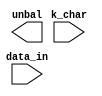
////////////////////////////////////////////////////////////////////////////////
//
//       This confidential and proprietary software may be used only
//     as authorized by a licensing agreement from Synopsys Inc.
//     In the event of publication, the following notice is applicable:
//
//                    (C) COPYRIGHT 1999 - 2023 SYNOPSYS INC.
//                           ALL RIGHTS RESERVED
//
//       The entire notice above must be reproduced on all authorized
//     copies.
//
//
// VERSION:   Verilog simulation model
//
// DesignWare_version: 5b071d96
// DesignWare_release: U-2022.12-DWBB_202212.5
//
////////////////////////////////////////////////////////////////////////////////
//----------------------------------------------------------------------
// ABSTRACT: 8b10b unbalanced character predictor
//
//	Parameters:
//		k28_5_only:Special character subset control
//			parameter (0 for all special characters
//			encoded, 1 for only K28.5 decoded[when
//			k_char=HIGH K28.5 is encoded regardless
//			of the value of the input data])
//	Inputs:
//		k_char:Special character control
//		data_in: Input data to be encoded that balance
//			predition is based on
//	Outputs:
//		unbal :Output indicating whether the input
//			data byte will flip the running disparity
//			bit of the encoder (unbalance = HIGH) or
//			keep it in the same state (unbalanced = LOW)
//----------------------------------------------------------------------
//	MODIFIED:
//----------------------------------------------------------------------


module DW_8b10b_unbal(k_char, data_in, unbal);
	parameter	integer k28_5_only = 0 ;

	input		k_char;
	input[7:0]	data_in;

	output		unbal;

// synopsys translate_off
	wire		k_char;
	wire[7:0]	data_in;
	wire		unbal;


function 		any_unknown_9;
	input	[8:0]	A;
	integer		bit_idx;

begin

	any_unknown_9 = 1'b0;

	for (bit_idx=8; bit_idx>=0; bit_idx=bit_idx-1)
	begin
	  if(A[bit_idx] !== 1'b0 && A[bit_idx] !== 1'b1)
	  begin
	    any_unknown_9 = 1'b1;
	  end
	end

end
endfunction


function		DWF_8b10b_unbal;
	input[7:0]	data_in;
	input		k_char;

begin: block_DWF_8b10b_unbal

	reg		index_tbl;
	reg		unbal_tbl;

	if ((any_unknown_9({data_in, k_char})== 1))
	begin 
	  DWF_8b10b_unbal  = 1'bx ;
	end

	else if (k_char ==1'b0)
	begin 
	  index_tbl = {
      1'b0,
      1'b1,
      1'b1,
      1'b1,
      1'b0,
      1'b1,
      1'b1,
      1'b0
		}
		>> (7-data_in[7:5]);

	  unbal_tbl = {
      32'b00010111011111100111111001101000,
      32'b11101000100000011000000110010111
		}
		>> ((1-index_tbl)*32 +(31-data_in[4:0]));

	  DWF_8b10b_unbal  = unbal_tbl;
	end

	else if (k_char === 1'b1)
	begin 
	  if (k28_5_only == 0)
	  begin 
	    case (data_in)
	      8'b00011100,
	      8'b10011100,
	      8'b11111100,
	      8'b11110111,
	      8'b11111011,
	      8'b11111101,
	      8'b11111110:
	        begin
	          DWF_8b10b_unbal  = 1'b0 ;
	        end
	      8'b00111100,
	      8'b01011100,
	      8'b01111100,
	      8'b10111100,
	      8'b11011100:
	        begin
	          DWF_8b10b_unbal  = 1'b1 ;
	        end
	      default:
	        begin
	          DWF_8b10b_unbal  = 1'bx ;
`ifndef DW_SUPPRESS_WARN
          $display ("WARNING: %m:\n at time = %0t: Invalid data on data_in of DW_8b10b_unbal when k28_5_only=0 and k_char=1.", $time);
`endif
	        end
	    endcase
	  end

	  else
	  begin
	    DWF_8b10b_unbal = 1'b1 ;
	  end 
	end 

	disable block_DWF_8b10b_unbal;
end
endfunction

assign  unbal  = DWF_8b10b_unbal(data_in, k_char);

initial
begin 
	if(k28_5_only < 0 || k28_5_only > 1)
	begin
	  $display("Error: k28_5_only(%0d) parameter of DW_8b10b_unbal is out of legal range(0 to 1)",
	  	k28_5_only);
	  $finish;
	end
end

// synopsys translate_on
endmodule